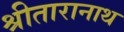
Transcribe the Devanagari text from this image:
श्रीतारानाथ